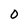
Character: 0